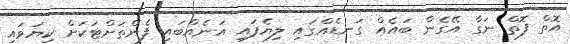
އޮތް ފޮތް ނަގާ އޭގެން ބައެއް ގަނޑެއްގައި ލިޔެފައި އަނެއްބައި ފެންތަށްޓަކަށް ކިޔަވައި